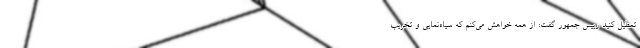
تعطیل کنید رییس جمهور گفت: از همه خواهش می‌کنم که سیاه‌نمایی و تخریب